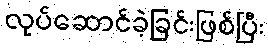
လုပ်ဆောင်ခဲ့ခြင်းဖြစ်ပြီး